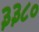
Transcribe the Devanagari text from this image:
३३८०